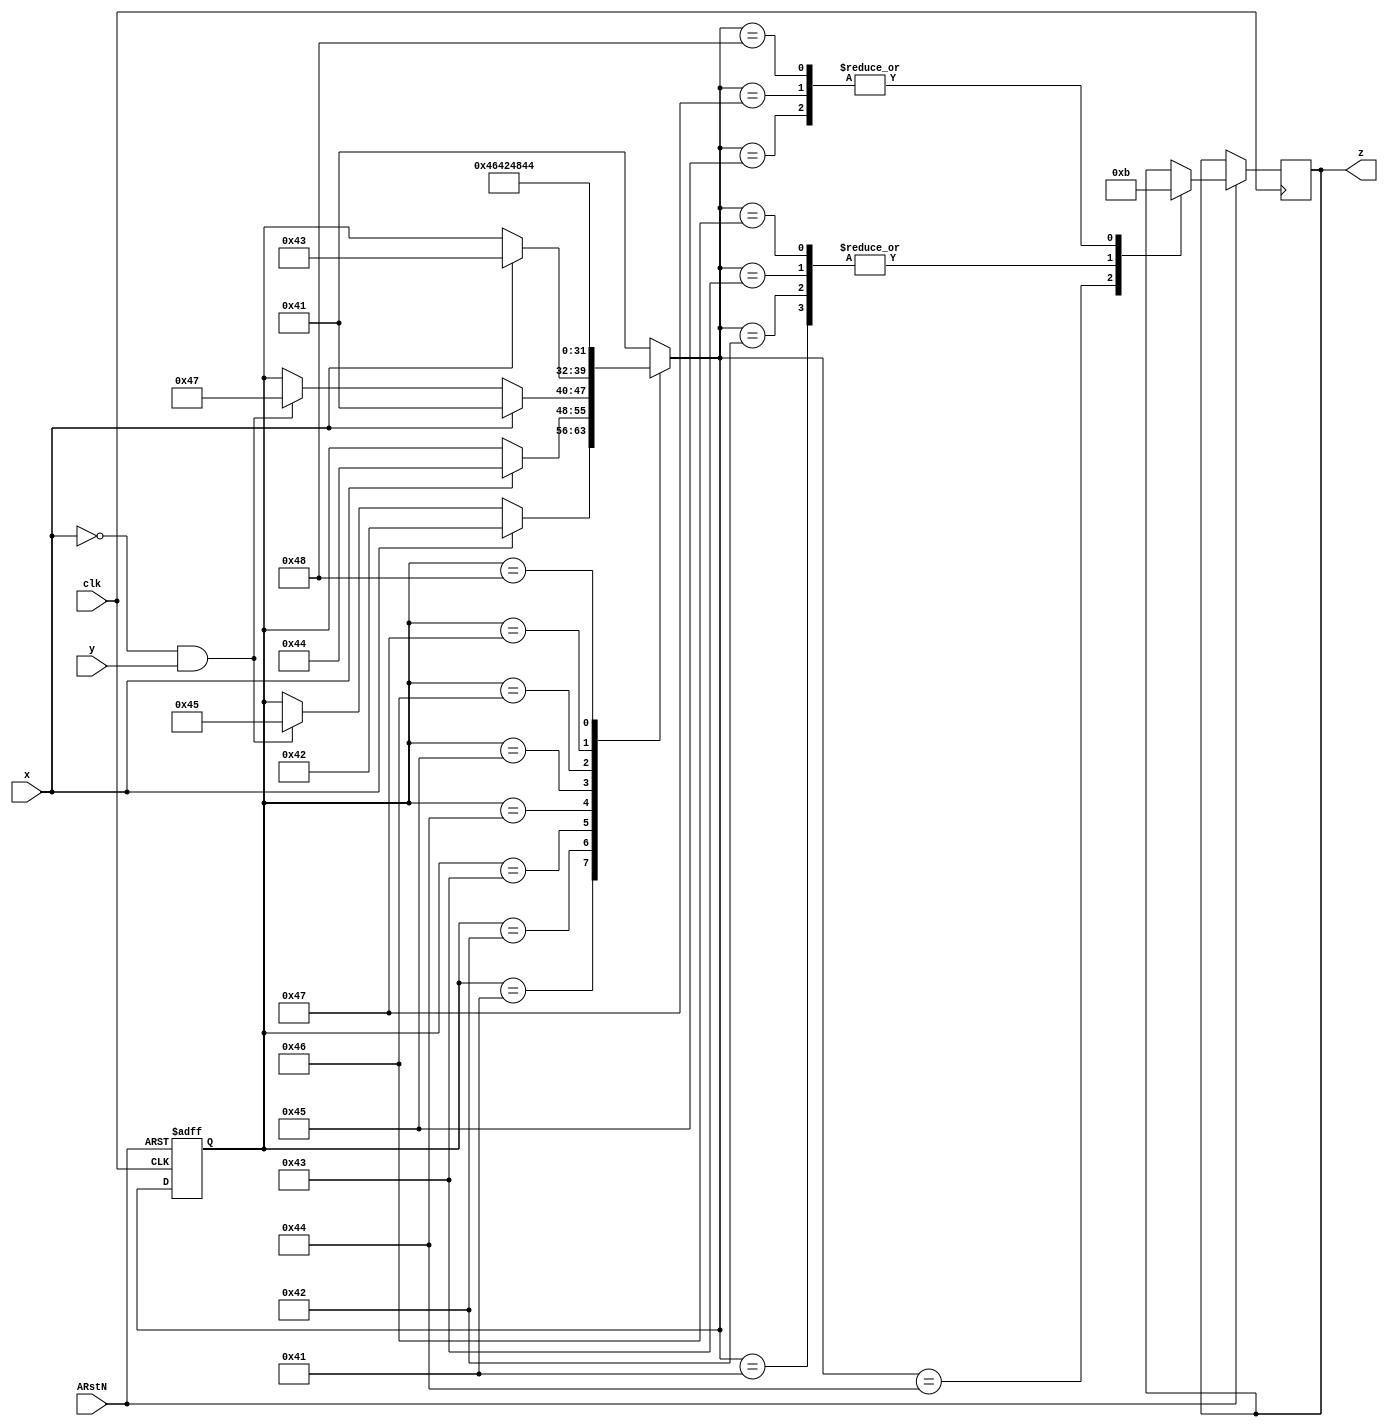
`timescale 1 ns / 10 ps

`define A "A"
`define B "B"
`define C "C"
`define D "D"
`define E "E"
`define F "F"
`define G "G"
`define H "H"


module fsm(clk, x, y, z, ARstN);

input clk;
input x;
input y;
input ARstN;

output reg [1:2] z;

reg [7:0] state;


always @(posedge clk or negedge ARstN) begin

	//reset just set an initial value of state
	if (!ARstN) begin
		state = `A;
	end
	else begin
		
		//case for transitions between states
		casez(state)

			`A: begin

				if(x)
					state = `B;
				else if(!x && y)
					state = `E;
			end

			`B: begin

				if(x)
					state = `D;
			end

			`C: begin
				
				if(x)
					state = `A;
				else if(!x && y)
					state = `G;
			end

			`D: begin
				
				if(x)
					state = `C;
			end

			`E: begin
				state = `F;
			end

			`F: begin
				state = `B;
			end

			`G: begin
				state = `H;
			end

			`H: begin
				state = `D;
			end

			default state = `A;

		endcase

		//case for setting output values
		casez(state)
			`A: z = 2'b10;
			`B: z = 2'b10;
			`C: z = 2'b10;
			`D: z = 2'b00;
			`E: z = 2'b11;
			`F: z = 2'b10;
			`G: z = 2'b11;
			`H: z = 2'b11;
		endcase
	end
end

endmodule